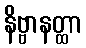
နိဗ္ဗာနတ္ထာ